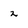
Character: 2